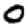
Digit: 0